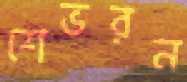
শেভরন